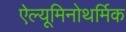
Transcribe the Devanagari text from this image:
ऐल्यूमिनोथर्मिक